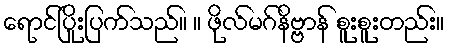
ရောင်ပြိုးပြက်သည်။ ။ ဖိုလ်မဂ်နိဗ္ဗာန် စူးစူးတည်း။